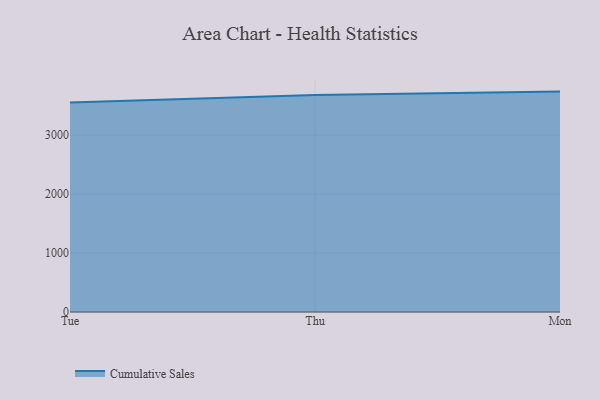
{"axis": {"x": "Day", "y": "Satisfaction Score"}, "legend": ["Cumulative Sales"], "data": [{"x": "Tue", "y": 3553.8, "type": "Cumulative Sales"}, {"x": "Thu", "y": 3682.2, "type": "Cumulative Sales"}, {"x": "Mon", "y": 3738.2, "type": "Cumulative Sales"}]}